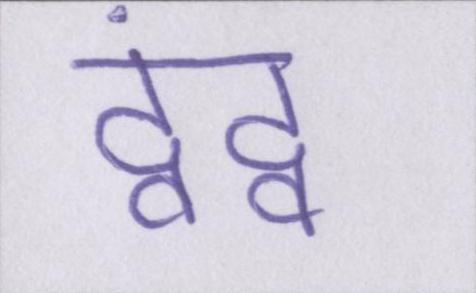
द्वंद्व